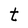
Character: t